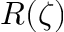
R ( \zeta )